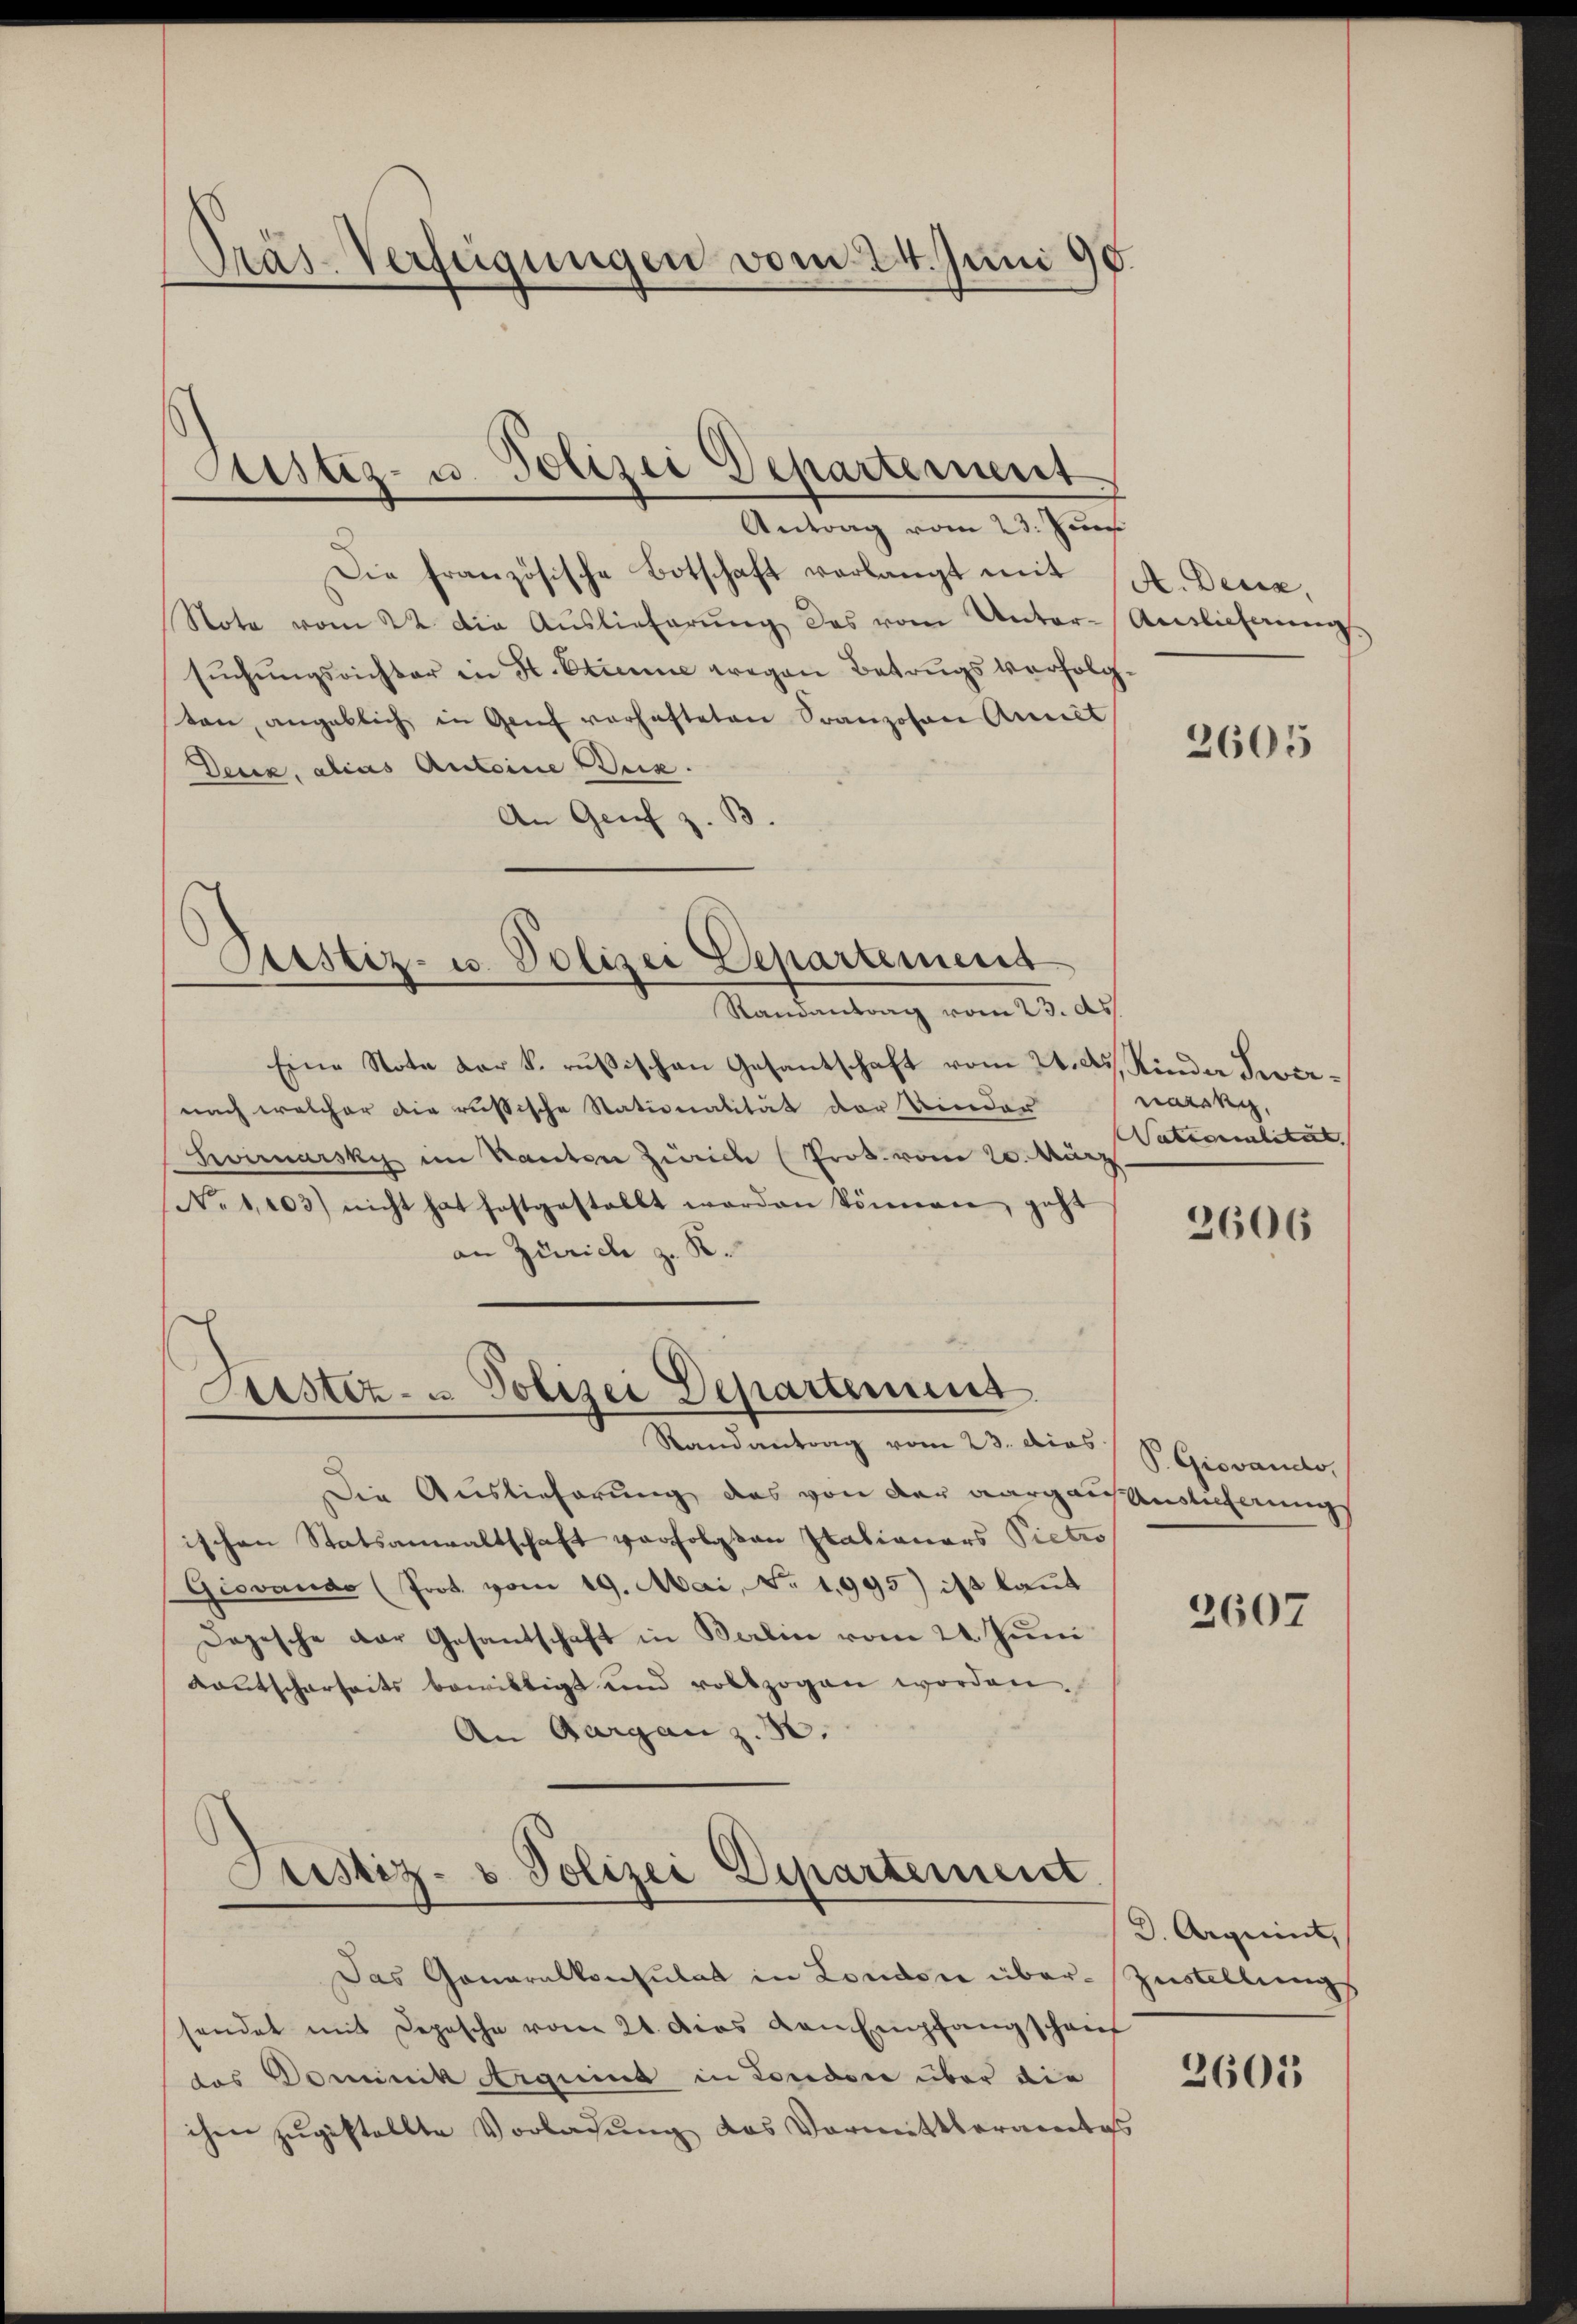
Pras-Verfügungen vom 24. Juni 98.

Justiz- u. Polizei Departement
Antrag vom 23. Juni

Justiz- u. Polizei Departement

Die französische Botschaft verlangt mit A. Deca,
Note vom 22. die Aŭslieferŭng das vom Unter-Auslieferung
sŭchŭngsrichter in H. Etienne wegen Betrugsverfolgten, angeblich in Genf verhafteten Franzovon Amt
Deccz, alias Antoine Brix.
An Genf z. B
Randantrag vom 23. d.
Eine Note der k. russischen Gesantschaft vom 24. d. Kinde Severnach welcher die russische Stationalität der Kinder
Svirarsky im Kanton Zürich (Prot. vom 20. März
No 1103) nicht hat festgestellt worden können, geht
an Zürich z. K.
Justiz- u Polizei Departenung
Randantrag vom 23. dies / V. Giovando,
Die Auslieferung des von der Aargaisanslicherungs
ischen Statsanwaltschaft verfolgten Italianars Pietro
Giovando (Prot. vom 19. Mai, No. 1995) ist laut
Depesche der Gesandschaft in Berlin vom 24. Juni
Kaŭtscharseits bewilligt und vollzogen worden.
An Aargau z. 30.
Justiz- & Polizei Departement
Das Generalkonsulat in London über Zustellungs
sendet mit Depesche vom 21. dies von Empfangschauf
das Dominik Arguins in Londone über die
ihm zŭgestellte Vorladung das Vormittleramtes

2605

harsky,
STationalität. |

2606

2607

d. Argeint,

2601